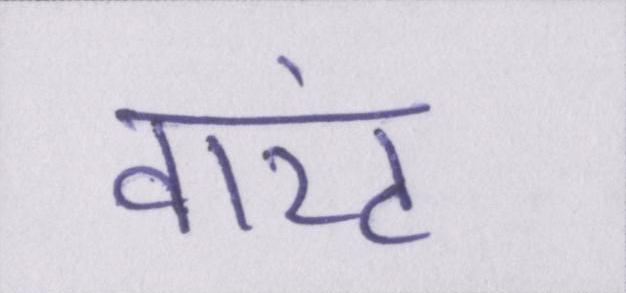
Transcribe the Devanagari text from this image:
वारंट